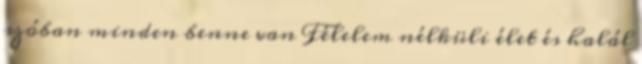
szóban minden benne van Félelem nélküli élet és halál